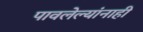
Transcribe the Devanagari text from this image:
पावलेल्यांनाही